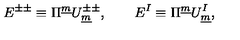
E ^ { \pm \pm } \equiv \Pi ^ { \underline { { m } } } U _ { \underline { { m } } } ^ { \pm \pm } , \qquad E ^ { I } \equiv \Pi ^ { \underline { { m } } } U _ { \underline { { m } } } ^ { I } ,